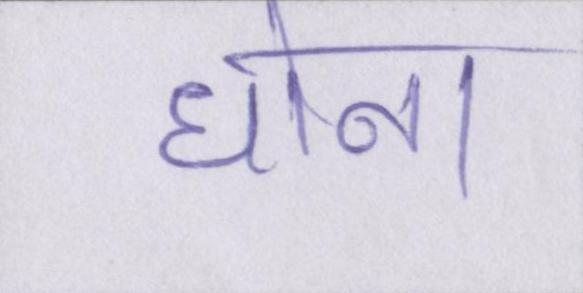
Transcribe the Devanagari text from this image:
धोना